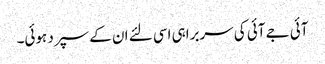
آئی جے آئی کی سربراہی اسی لئے ان کے سپرد ہوئی۔